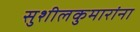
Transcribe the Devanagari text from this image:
सुशीलकुमारांना